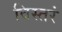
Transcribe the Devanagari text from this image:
विस्तरं